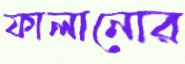
ফালানোর